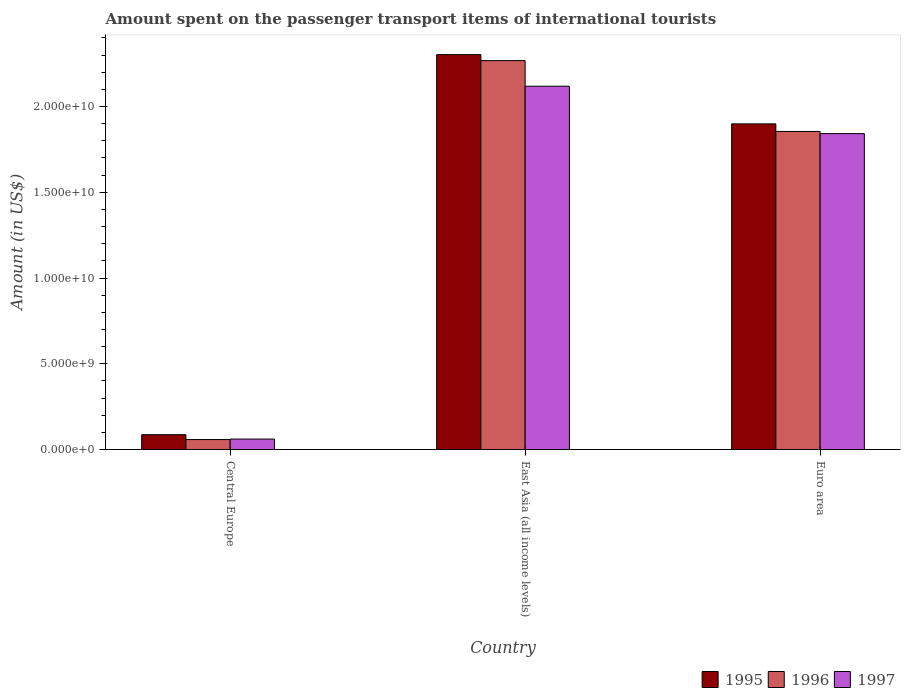
| Country | 1995 | 1996 | 1997 |
 | --- | --- | --- | --- |
 | Central Europe | 8.65e+08 | 5.81e+08 | 6.1e+08 |
 | East Asia (all income levels) | 2.3e+10 | 2.27e+10 | 2.12e+10 |
 | Euro area | 1.9e+10 | 1.85e+10 | 1.84e+10 |